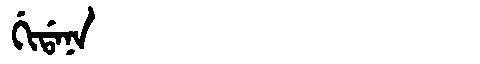
Manchu: ᡤᡳᡩᠠᠨᠠ
Romanization: GIDANA